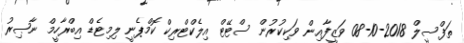
ތަފްސީލް 2018-10-08 ވަޒީފާއިން ވަކިކުރުން ސްޓޭޓް އިލެކްޓްރިކް ކޮމްޕެނީ ލިމިޓެޑް އިބްރާހީމް ނާޞިރު